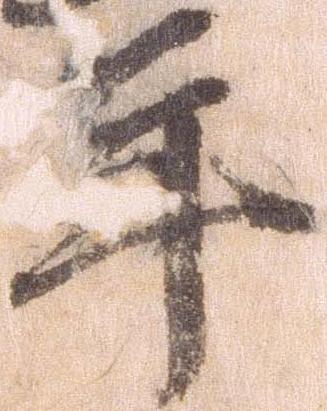
年